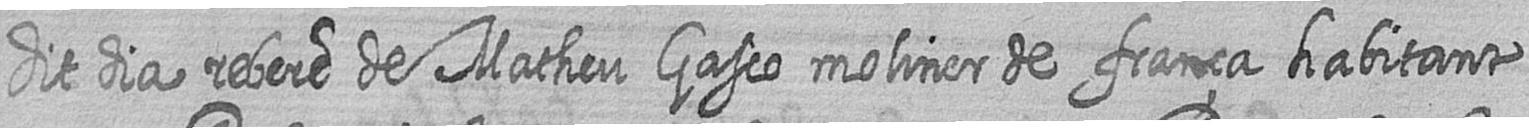
dit dia rebere de Matheu Gasco moliner de frança habitant